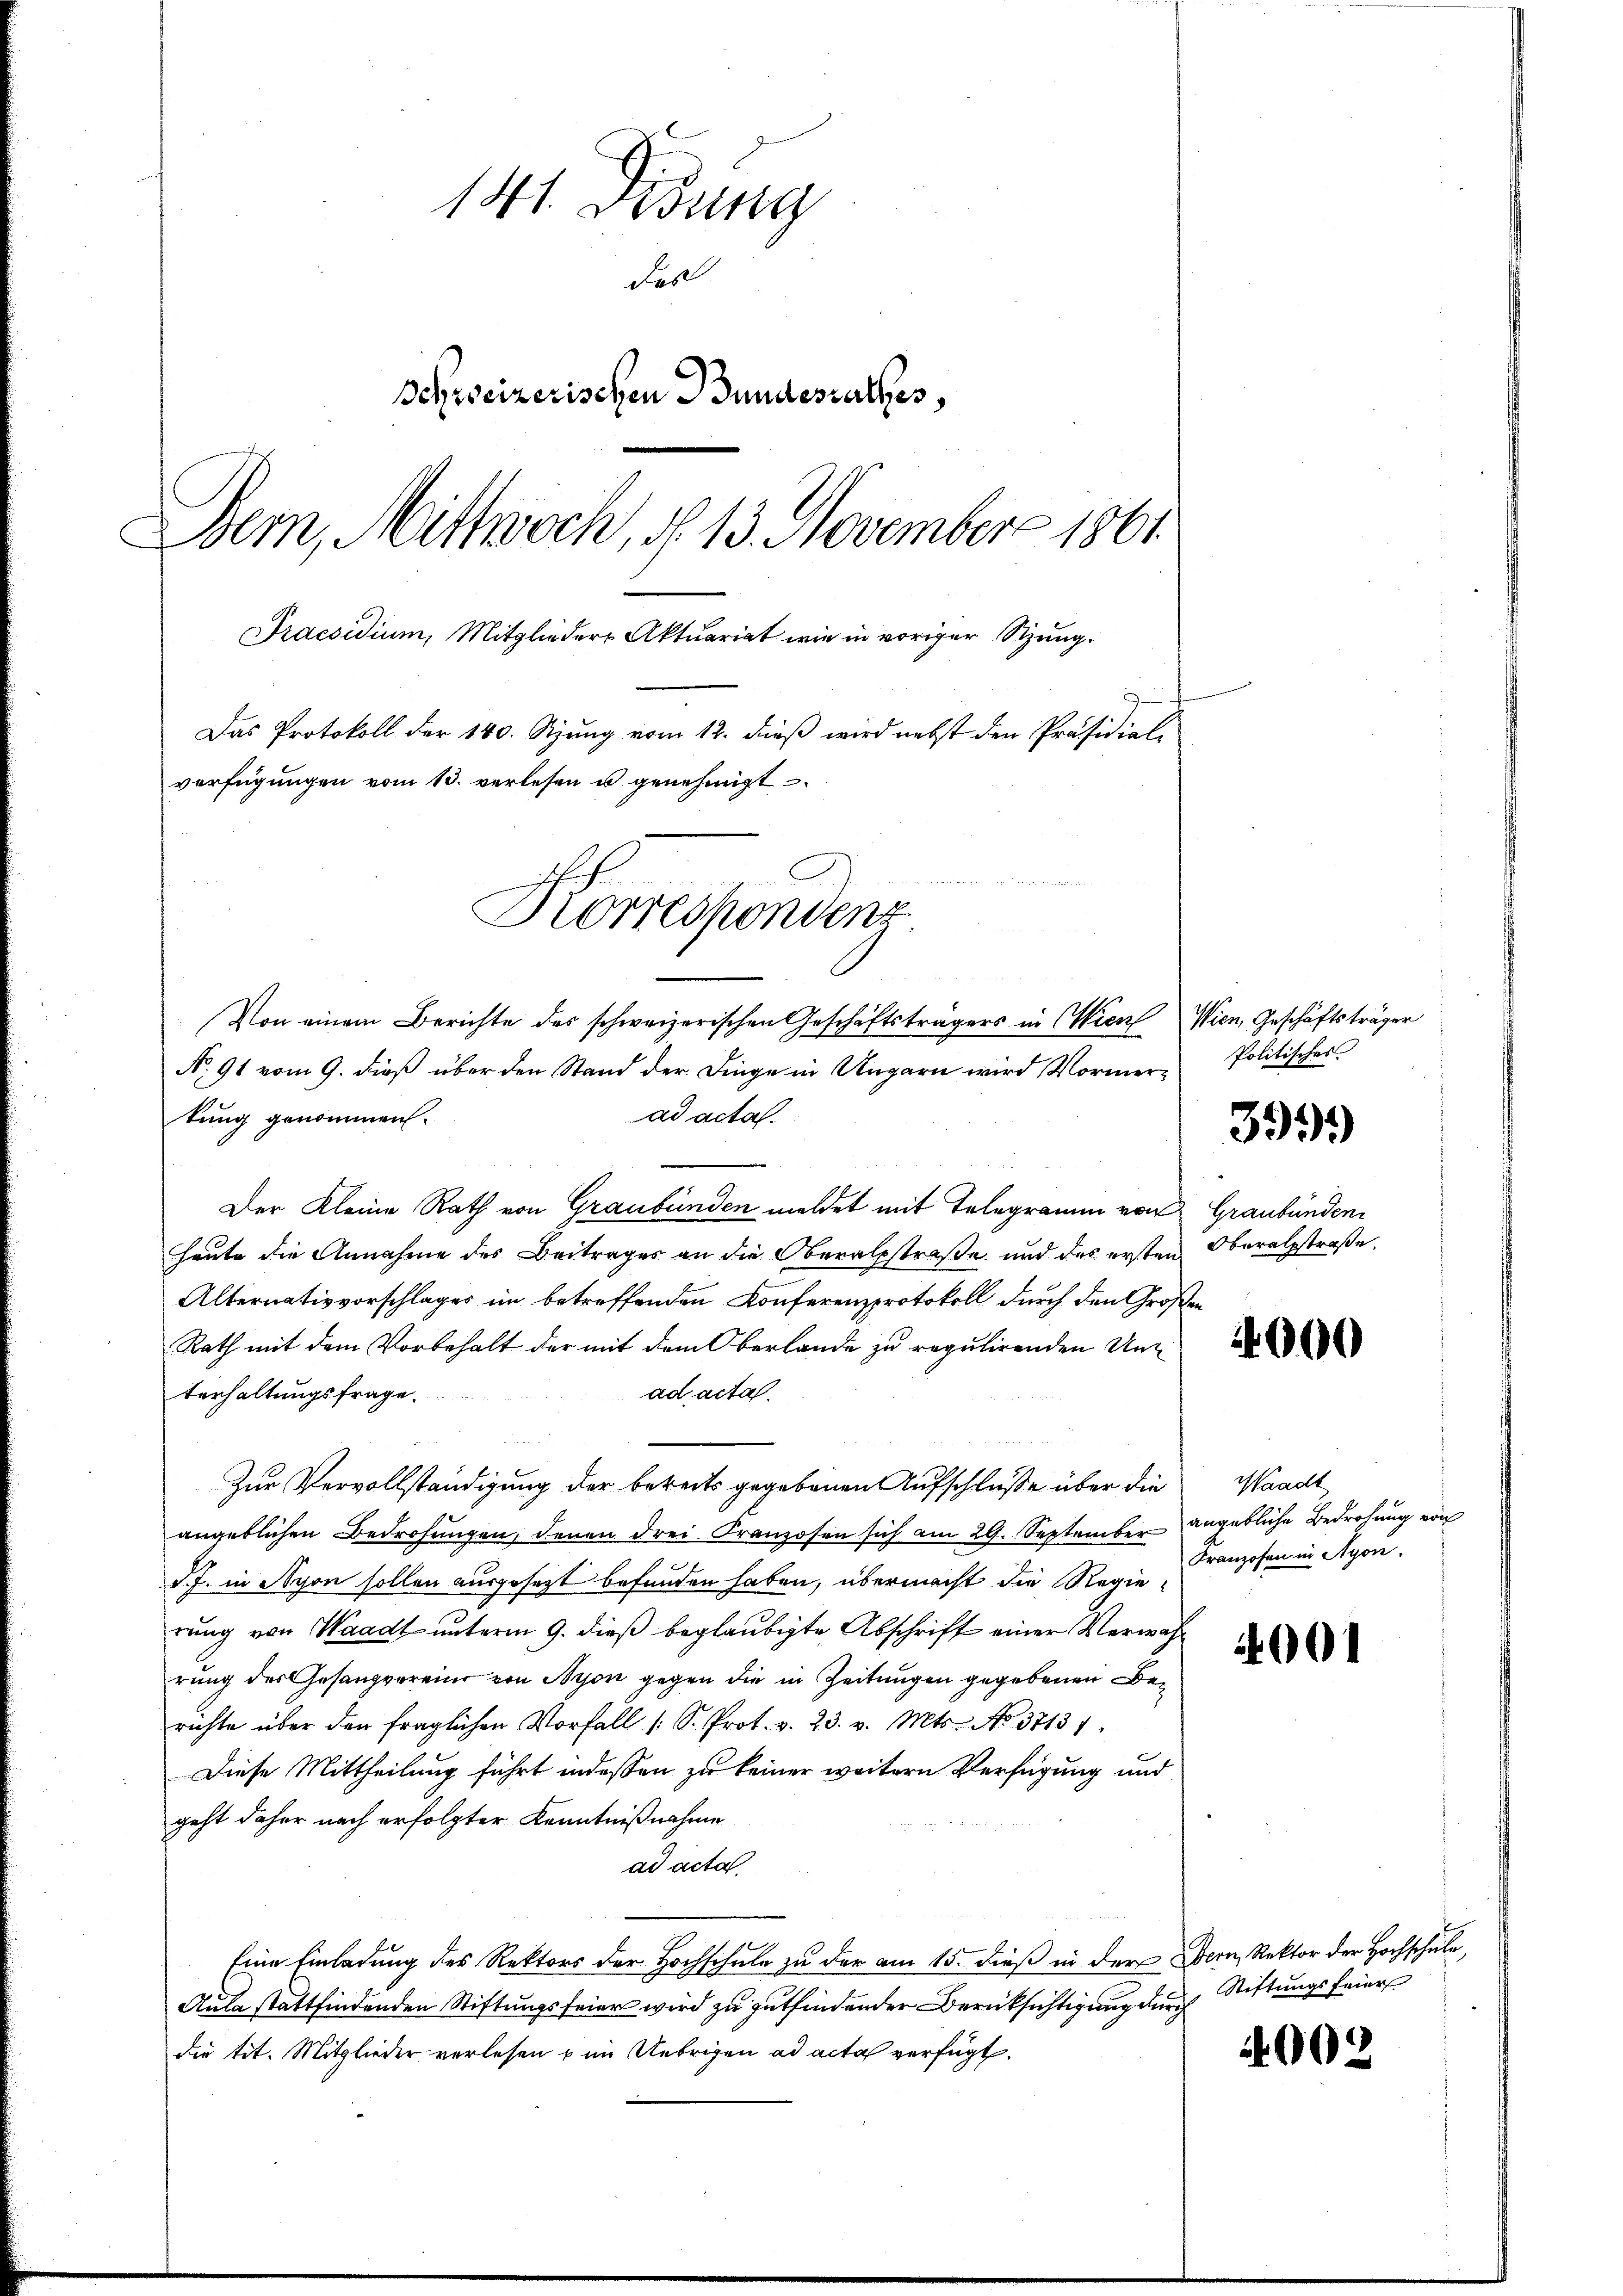
141. Didung
das
Schreizerischen Bundesrathes,
Dem, Mittwoch, § 13. November 1861
Praesidium, Mitglieder Aktuariat wie in voriger Sitzung.
Das Protokoll der 140. Sizung vom 12. dieß wird nebst den Präsidial-
verfügungen vom 13. verlesen u genehmigt
Korrespondenz

Von einem Berichte des schweizerischen Geschäftsträgers in Wien Wien, Geschäftsträger
No. 91 vom 9. dieß über den Stand der Dinge in Ungarn wird Vormerad acta.
tung genommen.
Der Kleine Rath von Graubünden meldet mit Telegramm von Graubünden
heute die Annahme des Beitrages an die Oberalstraße und des ersten Oberalpstraße.
Alternativvorschlages im betreffenden Konferenzprotokoll durch den Großen
Rath mit dem Vorbehalt der mit dem Oberlande zu regulirenden Unad acta.
terhaltungsfrage.
Zur Vervollständigung der bereits gegebenen Aufschlüße über die Waadt
angeblichen Bedrohŭngen, denen drei Franzosen sich am 29. September angebliche Bedrohung von
d.J. in Nyon sollen ausgesetzt befunden haben, übermacht die Regierung von Waadt unterm 9. dieß beglaubigte Abschrift einer Verwahrung des Gesangvereine von Nyon gegen die in Zeitungen gegebenen Berichte über den fraglichen Vorfall /: S. Prot. v. 23. v. Mts. No. 37131.
Diese Mittheilung führt indessen zu keiner weitern Verfügung und
geht daher nach erfolgter Kenntnißnahme
ad acta.
Eine Einladung des Rektors der Hochschule zu der am 15. dieß in der Bern, Rektor der Hochschule,
Aula stattfindenden Stiftungsfeier wird zu gutfindender Berücksichtigung durch
die tit. Mitglieder verlesen u im Uebrigen ad acta verfügt.

Politisches

399.

4000

Franzosen in Nyon.

4001

Stiftungsfeier

4002